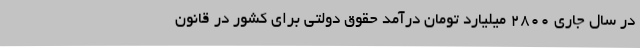
در سال جاری 2800 میلیارد تومان درآمد حقوق دولتی برای کشور در قانون